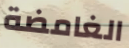
الغامضة